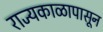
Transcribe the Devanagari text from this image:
राज्यकाळापासून